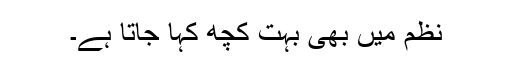
نظم میں بھی بہت کچھ کہا جاتا ہے۔